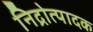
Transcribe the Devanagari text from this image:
निद्रोत्पादक